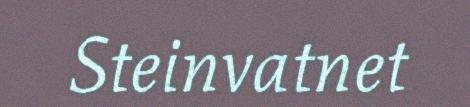
Steinvatnet